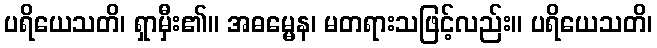
ပရိယေသတိ၊ ရှာမှီး၏။ အဓမ္မေန၊ မတရားသဖြင့်လည်း။ ပရိယေသတိ၊